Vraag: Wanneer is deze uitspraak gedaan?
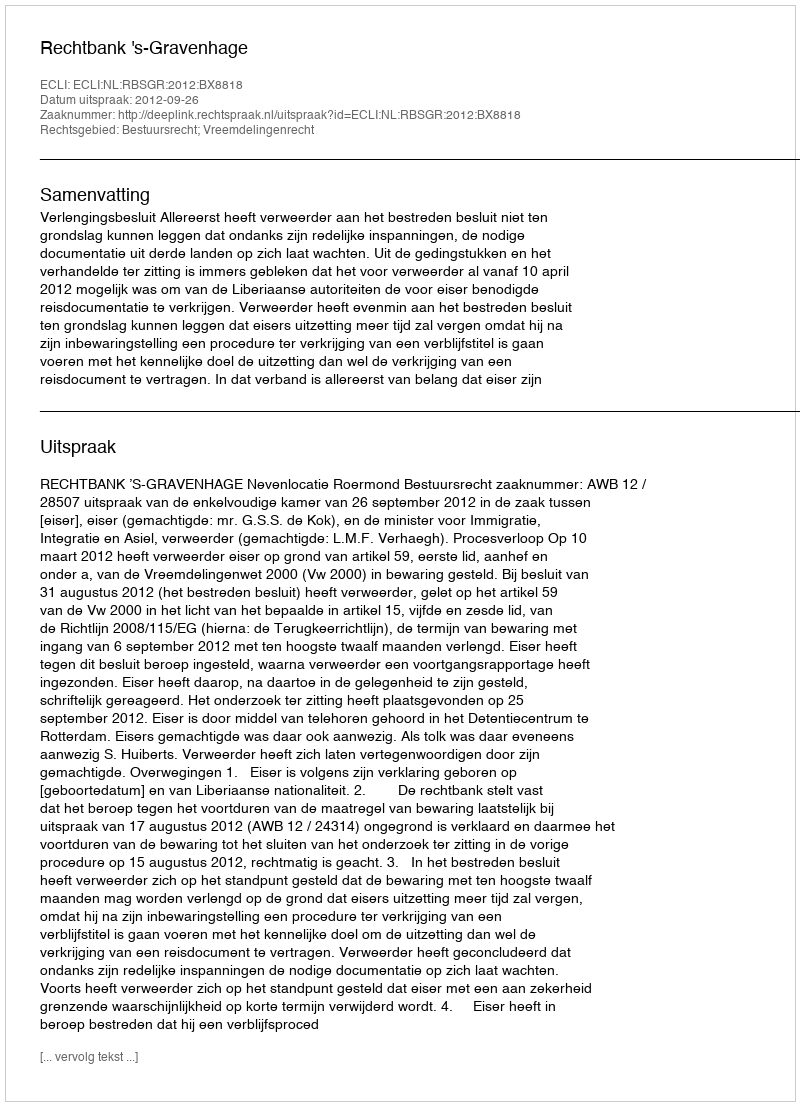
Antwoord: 2012-09-26